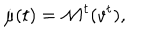
\dot { \mu } ( t ) = { \mathcal M } ^ { t } ( v ^ { t } ) ,